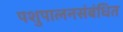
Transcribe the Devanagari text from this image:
पशुपालनसंबंधित